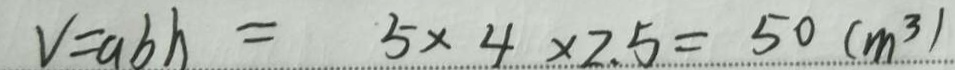
V = a b h = 5 \times 4 \times 2 . 5 = 5 0 ( m ^ { 3 } )